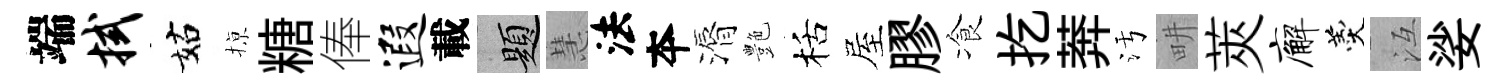
端拭姑𢱊糖俸遐載題慧法夲漘艶栝屋膠飡扢莾污畊莢廨羹冱娑